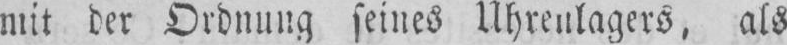
mit der Ordnung seines Uhrenlagers, als